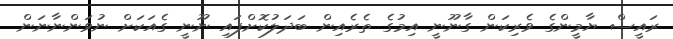
ރައީސް ޔާމީންގެ ވެރިކަން ގާނޫނީ އިމުގެ ތެރެއިން ބަދަލުކޮށްފައި ނޫނީ ގެއަކަށް ނުވަންނާނަން